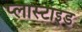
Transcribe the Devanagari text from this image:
प्लास्टाइड